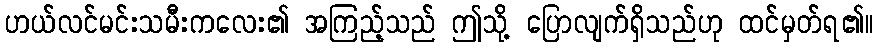
ဟယ်လင်မင်းသမီးကလေး၏ အကြည့်သည် ဤသို့ ပြောလျက်ရှိသည်ဟု ထင်မှတ်ရ၏။